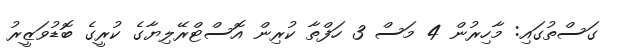
ގަސްތުގައި: މާހިރުން 4 މަސް 3 ހަފްތާ ކުރިން އޮސްޓްރޭލިޔާގެ ކުރީގެ ބޮޑުވަޒީރު